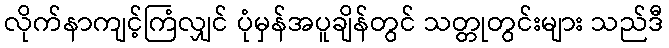
လိုက်နာကျင့်ကြံလျှင် ပုံမှန်အပူချိန်တွင် သတ္တုတွင်းများ သည်ဒီ